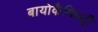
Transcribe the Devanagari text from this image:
बायोकैमिस्ट्री